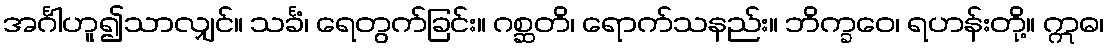
အင်္ဂါဟူ၍သာလျှင်။ သင်္ခံ၊ ရေတွက်ခြင်း။ ဂစ္ဆတိ၊ ရောက်သနည်း။ ဘိက္ခဝေ၊ ရဟန်းတို့။ ဣဓ၊